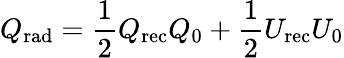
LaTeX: Q_{\mathrm{{rad}}}=\frac{1}{2}Q_{\mathrm{{rec}}}Q_{0}+\frac{1}{2}U_{\mathrm{{rec}}}U_{0}